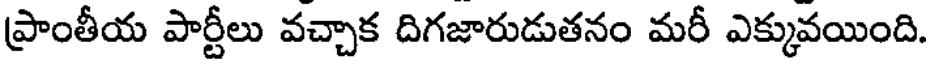
ప్రాంతీయ పార్టీలు వచ్చాక దిగజారుడుతనం మరీ ఎక్కువయింది.